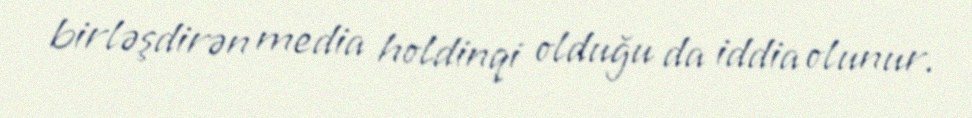
birləşdirən media holdinqi olduğu da iddia olunur.